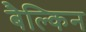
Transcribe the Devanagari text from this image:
बैल्किन